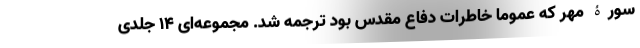
سورۀ مهر که عموما خاطرات دفاع مقدس بود ترجمه شد. مجموعه‌ای 14 جلدی